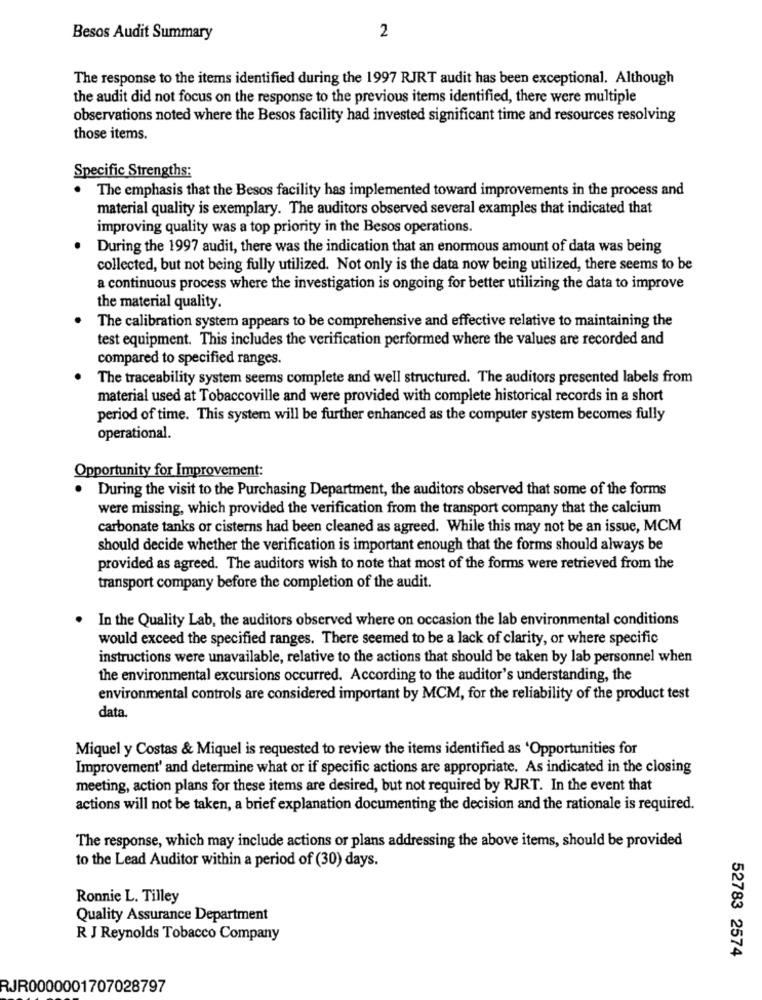
Besos Audit Summary
2
The response to the items identified during the 1997 RJRT audit has been exceptional. Although
the audit did not focus on the response to the previous items identified, there were multiple
observations noted where the Besos facility had invested significant time and resources resolving
those items.
Specific Strengths:
The emphasis that the Besos facility has implemented toward improvements in the process and
material quality is exemplary. The auditors observed several examples that indicated that
improving quality was a top priority in the Besos operations.
During the 1997 audit, there was the indication that an enormous amount of data was being
collected, but not being fully utilized. Not only is the data now being utilized, there seems to be
a continuous process where the investigation is ongoing for better utilizing the data to improve
the material quality.
The calibration system appears to be comprehensive and effective relative to maintaining the
test equipment. This includes the verification performed where the values are recorded and
compared to specified ranges.
The traceability system seems complete and well structured. The auditors presented labels from
material used at Tobaccoville and were provided with complete historical records in a short
period of time. This system will be further enhanced as the computer system becomes fully
operational.
Opportunity for Improvement:
.
During the visit to the Purchasing Department, the auditors observed that some of the forms
were missing, which provided the verification from the transport company that the calcium
carbonate tanks or cisterns had been cleaned as agreed. While this may not be an issue, MCM
should decide whether the verification is important enough that the forms should always be
provided as agreed. The auditors wish to note that most of the forms were retrieved from the
transport company before the completion of the audit.
. In the Quality Lab, the auditors observed where on occasion the lab environmental conditions
would exceed the specified ranges. There seemed to be a lack of clarity, or where specific
instructions were unavailable, relative to the actions that should be taken by lab personnel when
the environmental excursions occurred. According to the auditor's understanding, the
environmental controls are considered important by MCM, for the reliability of the product test
data.
Miquel y Costas & Miquel is requested to review the items identified as 'Opportunities for
Improvement' and determine what or if specific actions are appropriate. As indicated in the closing
meeting, action plans for these items are desired, but not required by RJRT. In the event that
actions will not be taken, a brief explanation documenting the decision and the rationale is required.
The response, which may include actions or plans addressing the above items, should be provided
to the Lead Auditor within a period of (30) days.
Ronnie L. Tilley
Quality Assurance Department
R J Reynolds Tobacco Company
52783 2574
RJR0000001707028797